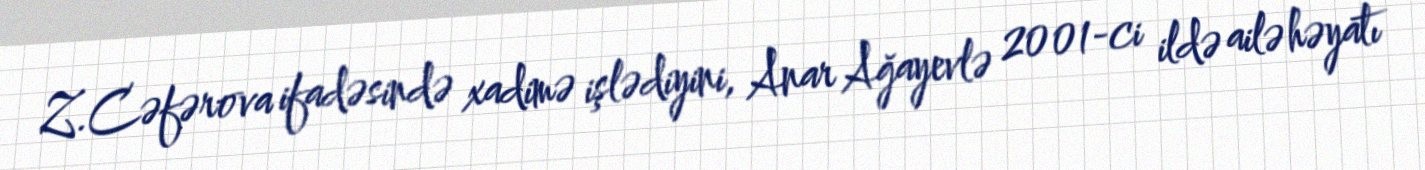
Z.Cəfərova ifadəsində xadimə işlədiyini, Anar Ağayevlə 2001-ci ildə ailə həyatı